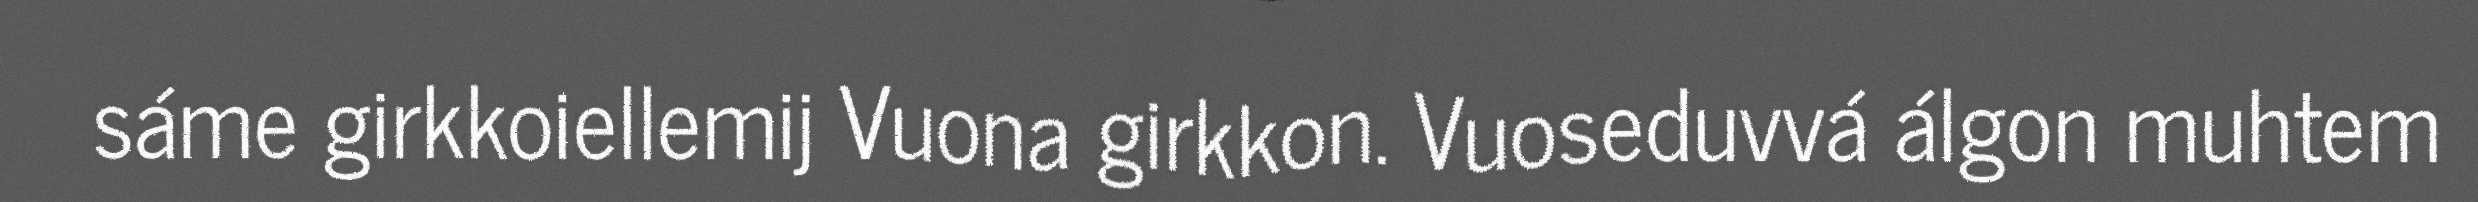
sáme girkkoiellemij Vuona girkkon. Vuoseduvvá álgon muhtem